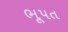
ભૂપત